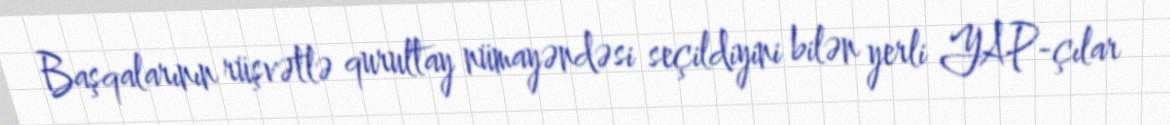
Başqalarının rüşvətlə qurultay nümayəndəsi seçildiyini bilən yerli YAP-çılar